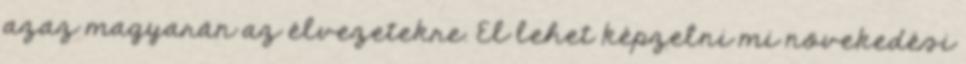
azaz magyarán az élvezetekre. El lehet képzelni mi növekedési